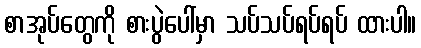
စာအုပ်တွေကို စားပွဲပေါ်မှာ သပ်သပ်ရပ်ရပ် ထားပါ။